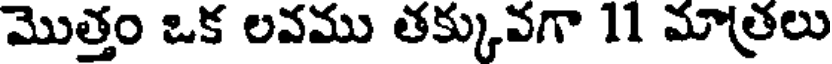
మొత్తం ఒక లవము తక్కువగా 11 మాత్రలు